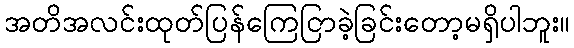
အတိအလင်းထုတ်ပြန်ကြေငြာခဲ့ခြင်းတော့မရှိပါဘူး။